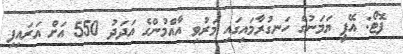
ފޮޓޯ: އޭޕީ ޔަމަނުގެ ހަނގުރާމައިގައި މަރުވި އާއްމުންގެ އަދަދު 550 އަށް އަރައިފި